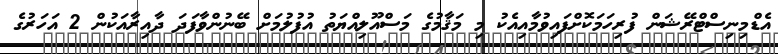
އެޑްމިނިސްޓްރޭޝަން ފުރިހަމަކޮށްފައިވުމާއިއެކު މި މަޤާމުގެ މަސްއޫލިއްޔަތު އުފުލުމަށް ބޭނުންވާފަދަ ދާއިރާއަކުން 2 އަހަރުގެ